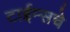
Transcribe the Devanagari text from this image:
टाईम्सचे